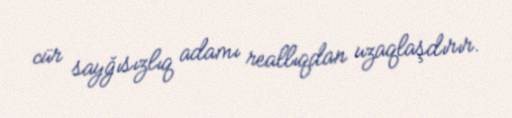
cür sayğısızlıq adamı reallıqdan uzaqlaşdırır.